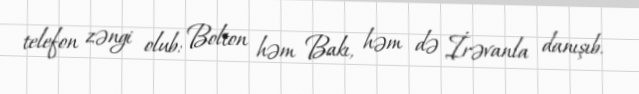
telefon zəngi olub: Bolton həm Bakı, həm də İrəvanla danışıb.